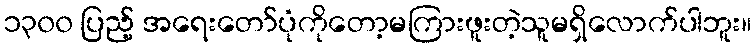
၁၃၀၀ ပြည့် အရေးတော်ပုံကိုတော့မကြားဖူးတဲ့သူမရှိလောက်ပါဘူး။